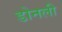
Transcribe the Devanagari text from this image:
डोनली